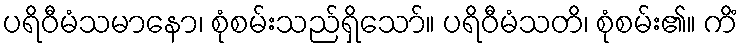
ပရိဝီမံသမာနော၊ စုံစမ်းသည်ရှိသော်။ ပရိဝီမံသတိ၊ စုံစမ်း၏။ ကိံ